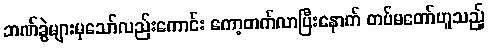
ဘဏ်ခွဲများမှသော်လည်းကောင်း ကော့တက်လာပြီးနောက် တပ်မတော်ဟူသည့်